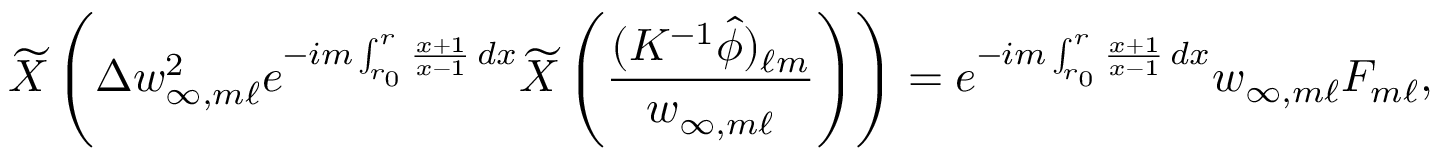
\widetilde { X } \left( \Delta w _ { \infty , m \ell } ^ { 2 } e ^ { - i m \int _ { r _ { 0 } } ^ { r } \frac { x + 1 } { x - 1 } \, d x } \widetilde { X } \left( \frac { ( K ^ { - 1 } \widehat { \phi } ) _ { \ell m } } { w _ { \infty , m \ell } } \right) \right) = e ^ { - i m \int _ { r _ { 0 } } ^ { r } \frac { x + 1 } { x - 1 } \, d x } w _ { \infty , m \ell } F _ { m \ell } ,